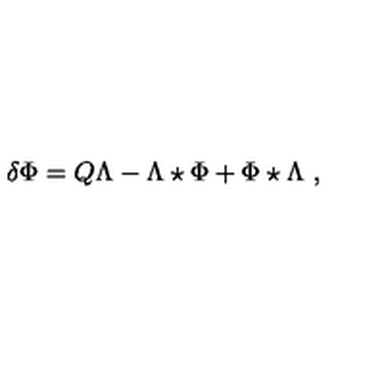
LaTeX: \delta \Phi = Q \Lambda - \Lambda \star \Phi + \Phi \star \Lambda \ ,